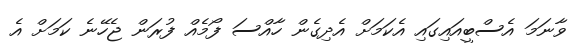
ވާނަމަ އެސްބީއައިގައި އެކަމަށް އެދިގެން ހާއްސަ ފޯމެއް ފުރަން ޖެހޭނެ ކަމަށް އެ